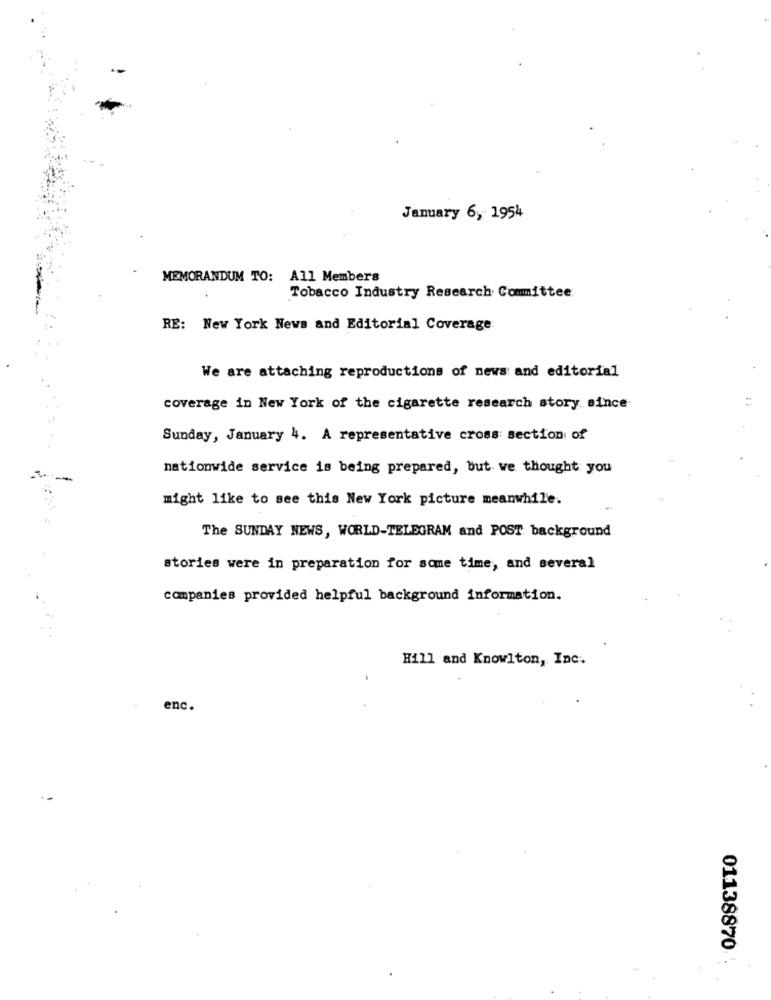
January 6, 1954
MEMORANDUM TO: All Members
Tobacco Industry Research Committee:
RE: New York News and Editorial Coverage:
We are attaching reproductions of news and editorial
coverage in New York of the cigarette research story since
Sunday, January 4. A representative cross section of
nationwide service is being prepared, but we thought you
might like to see this New York picture meanwhile.
The SUNDAY NEWS, WORLD-TELEGRAM and POST background
stories were in preparation for some time, and several
companies provided helpful background information.
Hill and Knowlton, Inc.
enc.
01138870